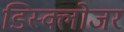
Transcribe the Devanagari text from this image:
डिस्क्लोजर